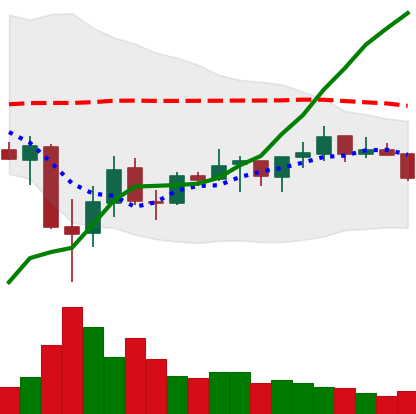
Ticker: ADA-USD
Chart end date: 2021-07-08
Forward return: -4.891%
Label: down_3_5